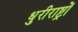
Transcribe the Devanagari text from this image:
धुरीराष्ट्रों